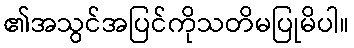
၏အသွင်အပြင်ကိုသတိမပြုမိပါ။